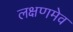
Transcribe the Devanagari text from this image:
लक्षणमेव